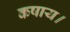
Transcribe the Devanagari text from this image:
कषाय।